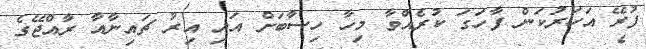
ފުރޭ އަހަރުކަން ފާހަގަ ކުރެއްވާ މިހާ ހިސާބަށް އައި އިރު ޗައިނާއާ ރާއްޖޭގެ